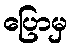
ပြောမှ